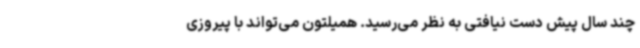
چند سال پیش دست نیافتی به نظر می‌رسید. همیلتون می‌تواند با پیروزی